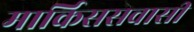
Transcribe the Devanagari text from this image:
मार्किससवासी